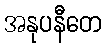
အနုပနီတေ